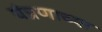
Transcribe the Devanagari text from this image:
यंत्रणाच्या